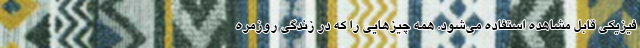
فیزیکی قابل مشاهده استفاده می‌شود. همه چیزهایی را که در زندگی روزمره